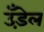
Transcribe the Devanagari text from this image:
उँड़ेल